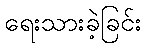
ရေးသားခဲ့ခြင်း